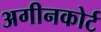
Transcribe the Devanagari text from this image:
अगीनकोर्ट